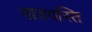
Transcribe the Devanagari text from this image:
वातवस्ति